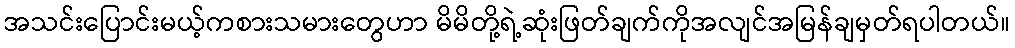
အသင်းပြောင်းမယ့်ကစားသမားတွေဟာ မိမိတို့ရဲ့ဆုံးဖြတ်ချက်ကိုအလျင်အမြန်ချမှတ်ရပါတယ်။